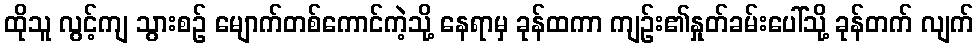
ထိုသူ လွင့်ကျ သွားစဉ် မျောက်တစ်ကောင်ကဲ့သို့ နေရာမှ ခုန်ထကာ ကျဉ်း၏နှုတ်ခမ်းပေါ်သို့ ခုန်တက် လျက်